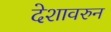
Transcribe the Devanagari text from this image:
देशावरुन